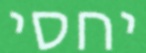
יחסי